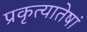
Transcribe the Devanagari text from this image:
प्रकृत्यातेषां